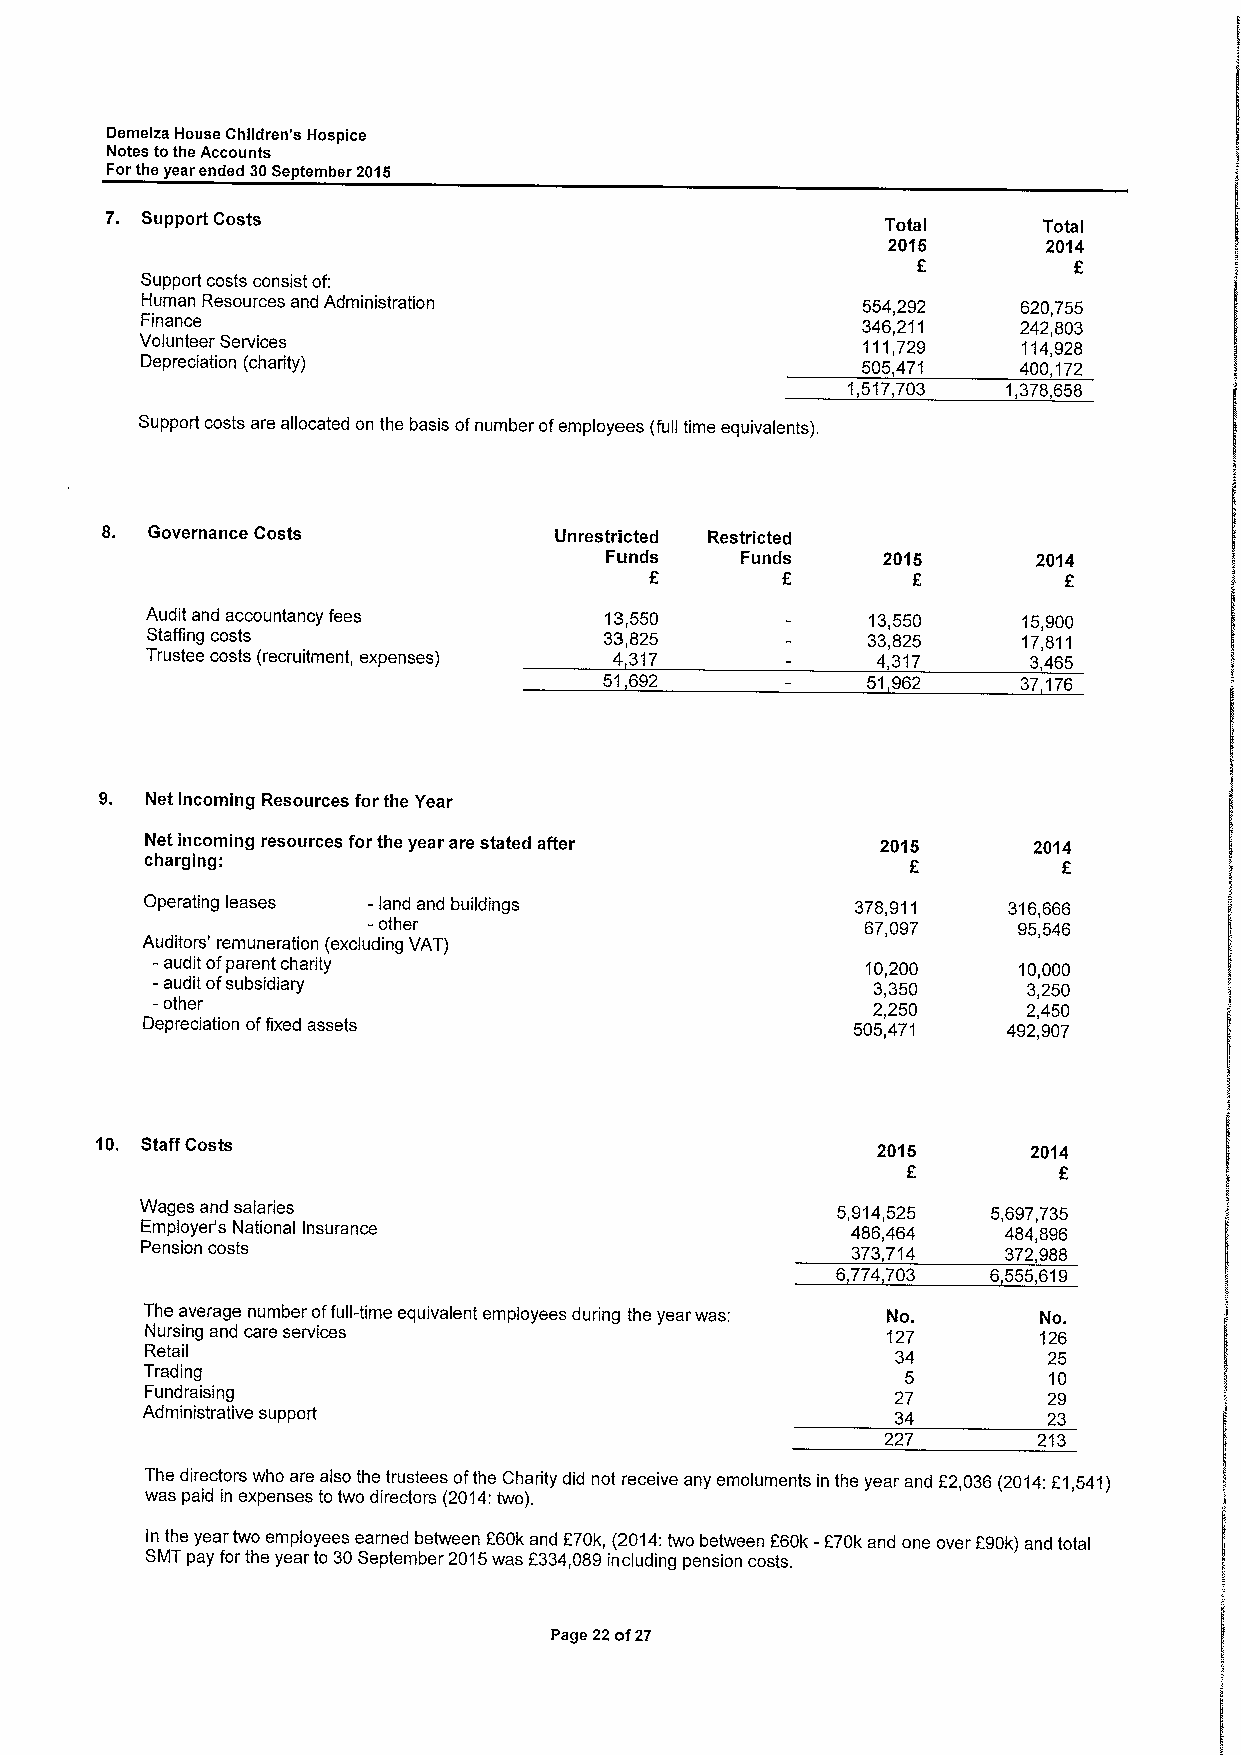
Demelza House Children's Hospice
 Notes tothe Accounts
 Forthe year ended 30September 2015
 7. Support Costs
 Total     Total
 2016      2014
 E
 Support costs consist of:
 Human Resources and Administration              554,292    620,755
 Finance                                         346,211   242,803
 Volunteer Services                              111,729    114,928
 Depreciation (charity)                          505,471   400,172
 1,517,703  1,378,658
 Support costs are allocated on the basis ofnumber ofemployees (full time equivalents).
 8. Governance Costs           Unrestricted Restricted
 Funds    Funds    2015       2014
 E                          E
 Audit and accountancy fees    13,550            13,550    15,900
 Staffing costs                33,825           33,825     17,811
 Trustee costs (recruitment, expenses) 4317      4,317     3465
 51 692           51 962    37 176
 9. Net Incoming Resources for the Year
 Net incoming resources for the year are stated after 2016 2014
 charging:
 Operating leases - land and buildings          378,911   316,666
 -other
 67,097    95,546
 Auditors' remuneration (excluding VAT)
 -audit ofparent charity                        10,200    10,000
 —audit ofsubsidiary                             3,350     3,250
 —other                                          2,250     2,450
 Depreciation offixed assets                    505,471    492,907
 10. Staff Costs                                     2015      2014
 Wages and salaries                            5,914,525  5,697,735
 Employer's National Insurance                  486,464   484,896
 Pension costs                                  373,714    372,988
 6774 703   6555,619
 The average number offull-time equivalent employees during the year was: No. No.
 Nursing and care services                        127       126
 Retail                                           34        25
 Trading                                           5        10
 Fundraising                                      27        29
 Administrative support                            34        23
 227        213
 The directors who are also the trustees ofthe Charity did not receive any emoluments in the year and E2,036(2014:E1,541)
 was paid in expenses to two directors (2014:two).
 In the year two employees earned between F60kand 270k, (2014:two between 260k -F70k and one over 290k) and total
 SMTpay for the year to 30September 2015was F334,089including pension costs.
 Page 22of27